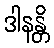
ဒါနန္တိ